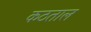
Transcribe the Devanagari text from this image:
कठताल